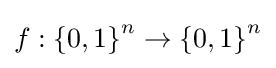
f:\left\{{0},{1}\right\}^{n}\to \left\{{0},{1}\right\}^{n}